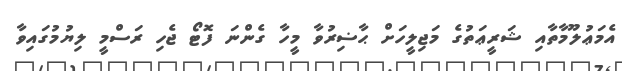
އެމަޢުލޫމާތާއި ޝަރީޢަތުގެ މަޖިލީހަށް ޙާޟިރުވާ މީހާ ގެންނަ ފޮޓޯ ޖެހި ރަސްމީ ލިޔުމުގައިވާ